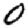
Digit: 0